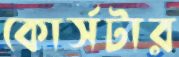
কোর্সটার